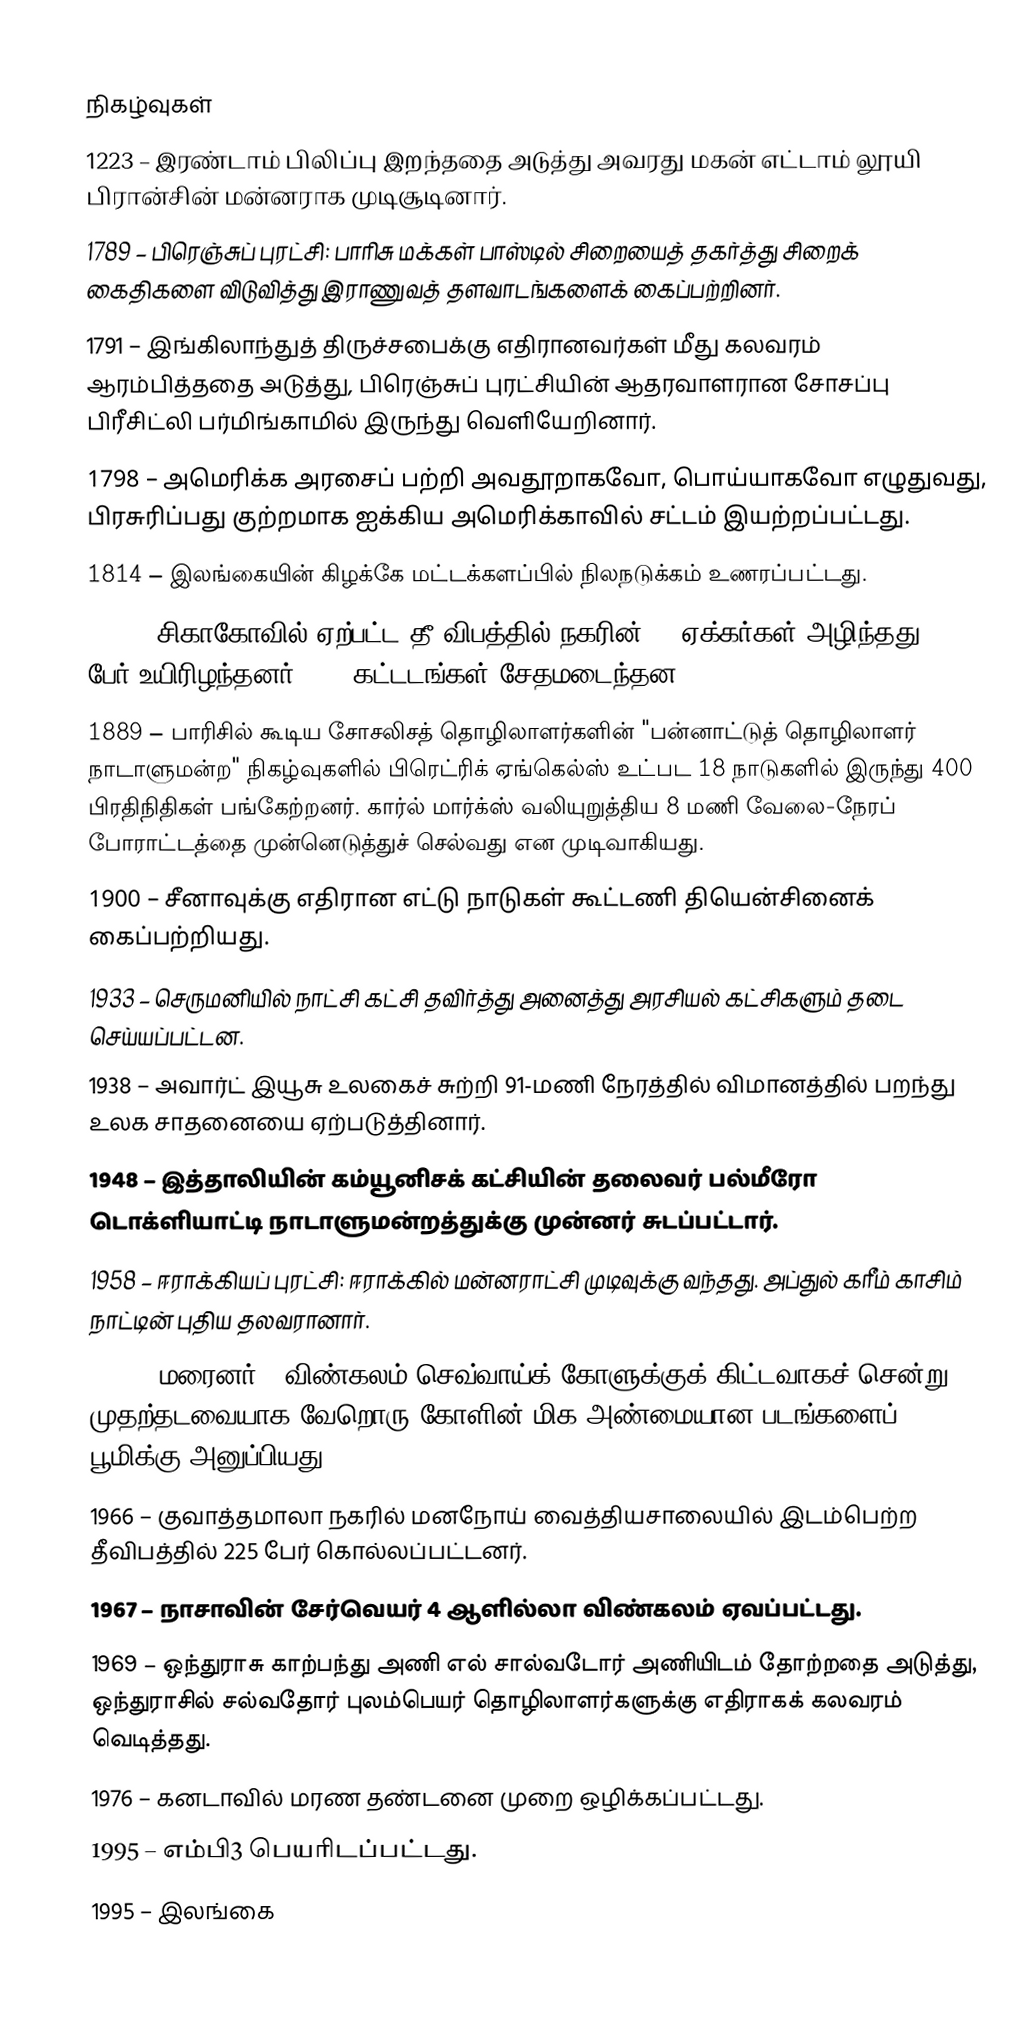

நிகழ்வுகள்
1223 – இரண்டாம் பிலிப்பு இறந்ததை அடுத்து அவரது மகன் எட்டாம் லூயி பிரான்சின் மன்னராக முடிசூடினார்.
1789 – பிரெஞ்சுப் புரட்சி: பாரிசு மக்கள் பாஸ்டில் சிறையைத் தகர்த்து சிறைக் கைதிகளை விடுவித்து இராணுவத் தளவாடங்களைக் கைப்பற்றினர்.
1791 – இங்கிலாந்துத் திருச்சபைக்கு எதிரானவர்கள் மீது கலவரம் ஆரம்பித்ததை அடுத்து, பிரெஞ்சுப் புரட்சியின் ஆதரவாளரான சோசப்பு பிரீசிட்லி பர்மிங்காமில் இருந்து வெளியேறினார்.
1798 – அமெரிக்க அரசைப் பற்றி அவதூறாகவோ, பொய்யாகவோ எழுதுவது, பிரசுரிப்பது குற்றமாக ஐக்கிய அமெரிக்காவில் சட்டம் இயற்றப்பட்டது.
1814 – இலங்கையின் கிழக்கே மட்டக்களப்பில் நிலநடுக்கம் உணரப்பட்டது.
1874 – சிகாகோவில் ஏற்பட்ட தீ விபத்தில் நகரின் 47 ஏக்கர்கள் அழிந்தது. 20 பேர் உயிரிழந்தனர். 812 கட்டடங்கள் சேதமடைந்தன.
1889 – பாரிசில் கூடிய சோசலிசத் தொழிலாளர்களின் "பன்னாட்டுத் தொழிலாளர் நாடாளுமன்ற" நிகழ்வுகளில் பிரெட்ரிக் ஏங்கெல்ஸ் உட்பட 18 நாடுகளில் இருந்து 400 பிரதிநிதிகள் பங்கேற்றனர். கார்ல் மார்க்ஸ் வலியுறுத்திய 8 மணி வேலை-நேரப் போராட்டத்தை முன்னெடுத்துச் செல்வது என முடிவாகியது.
1900 – சீனாவுக்கு எதிரான எட்டு நாடுகள் கூட்டணி தியென்சினைக் கைப்பற்றியது.
1933 – செருமனியில் நாட்சி கட்சி தவிர்த்து அனைத்து அரசியல் கட்சிகளும் தடை செய்யப்பட்டன.
1938 – அவார்ட் இயூசு உலகைச் சுற்றி 91-மணி நேரத்தில் விமானத்தில் பறந்து உலக சாதனையை ஏற்படுத்தினார்.
1948 – இத்தாலியின் கம்யூனிசக் கட்சியின் தலைவர் பல்மீரோ டொக்ளியாட்டி நாடாளுமன்றத்துக்கு முன்னர் சுடப்பட்டார்.
1958 – ஈராக்கியப் புரட்சி: ஈராக்கில் மன்னராட்சி முடிவுக்கு வந்தது. அப்துல் கரீம் காசிம் நாட்டின் புதிய தலவரானார்.
1965 – மரைனர் 4 விண்கலம் செவ்வாய்க் கோளுக்குக் கிட்டவாகச் சென்று முதற்தடவையாக வேறொரு கோளின் மிக அண்மையான படங்களைப் பூமிக்கு அனுப்பியது.
1966 – குவாத்தமாலா நகரில் மனநோய் வைத்தியசாலையில் இடம்பெற்ற தீவிபத்தில் 225 பேர் கொல்லப்பட்டனர்.
1967 – நாசாவின் சேர்வெயர் 4 ஆளில்லா விண்கலம் ஏவப்பட்டது.
1969 – ஒந்துராசு காற்பந்து அணி எல் சால்வடோர் அணியிடம் தோற்றதை அடுத்து, ஒந்துராசில் சல்வதோர் புலம்பெயர் தொழிலாளர்களுக்கு எதிராகக் கலவரம் வெடித்தது.
1976 – கனடாவில் மரண தண்டனை முறை ஒழிக்கப்பட்டது.
1995 – எம்பி3 பெயரிடப்பட்டது.
1995 – இலங்கை